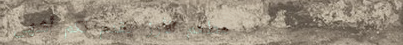
مطعم الأرز يقدم لكم أشهى